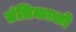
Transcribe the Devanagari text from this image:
तंत्रिकाको